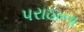
પરાઠાના